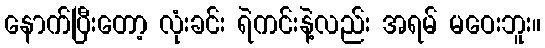
နောက်ပြီးတော့ လုံးခင်း ရဲကင်းနဲ့လည်း အရမ် မဝေးဘူး။